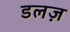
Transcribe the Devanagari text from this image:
डलज़